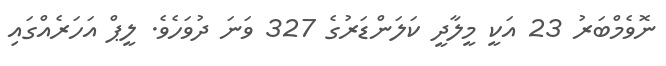
ނޮވެމްބަރު 23 އަކީ މީލާދީ ކަލަންޑަރުގެ 327 ވަނަ ދުވަހެވެ. ލީޕް އަހަރެއްގައި